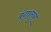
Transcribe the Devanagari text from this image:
बगातुर